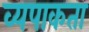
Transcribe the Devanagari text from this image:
व्यपाकता